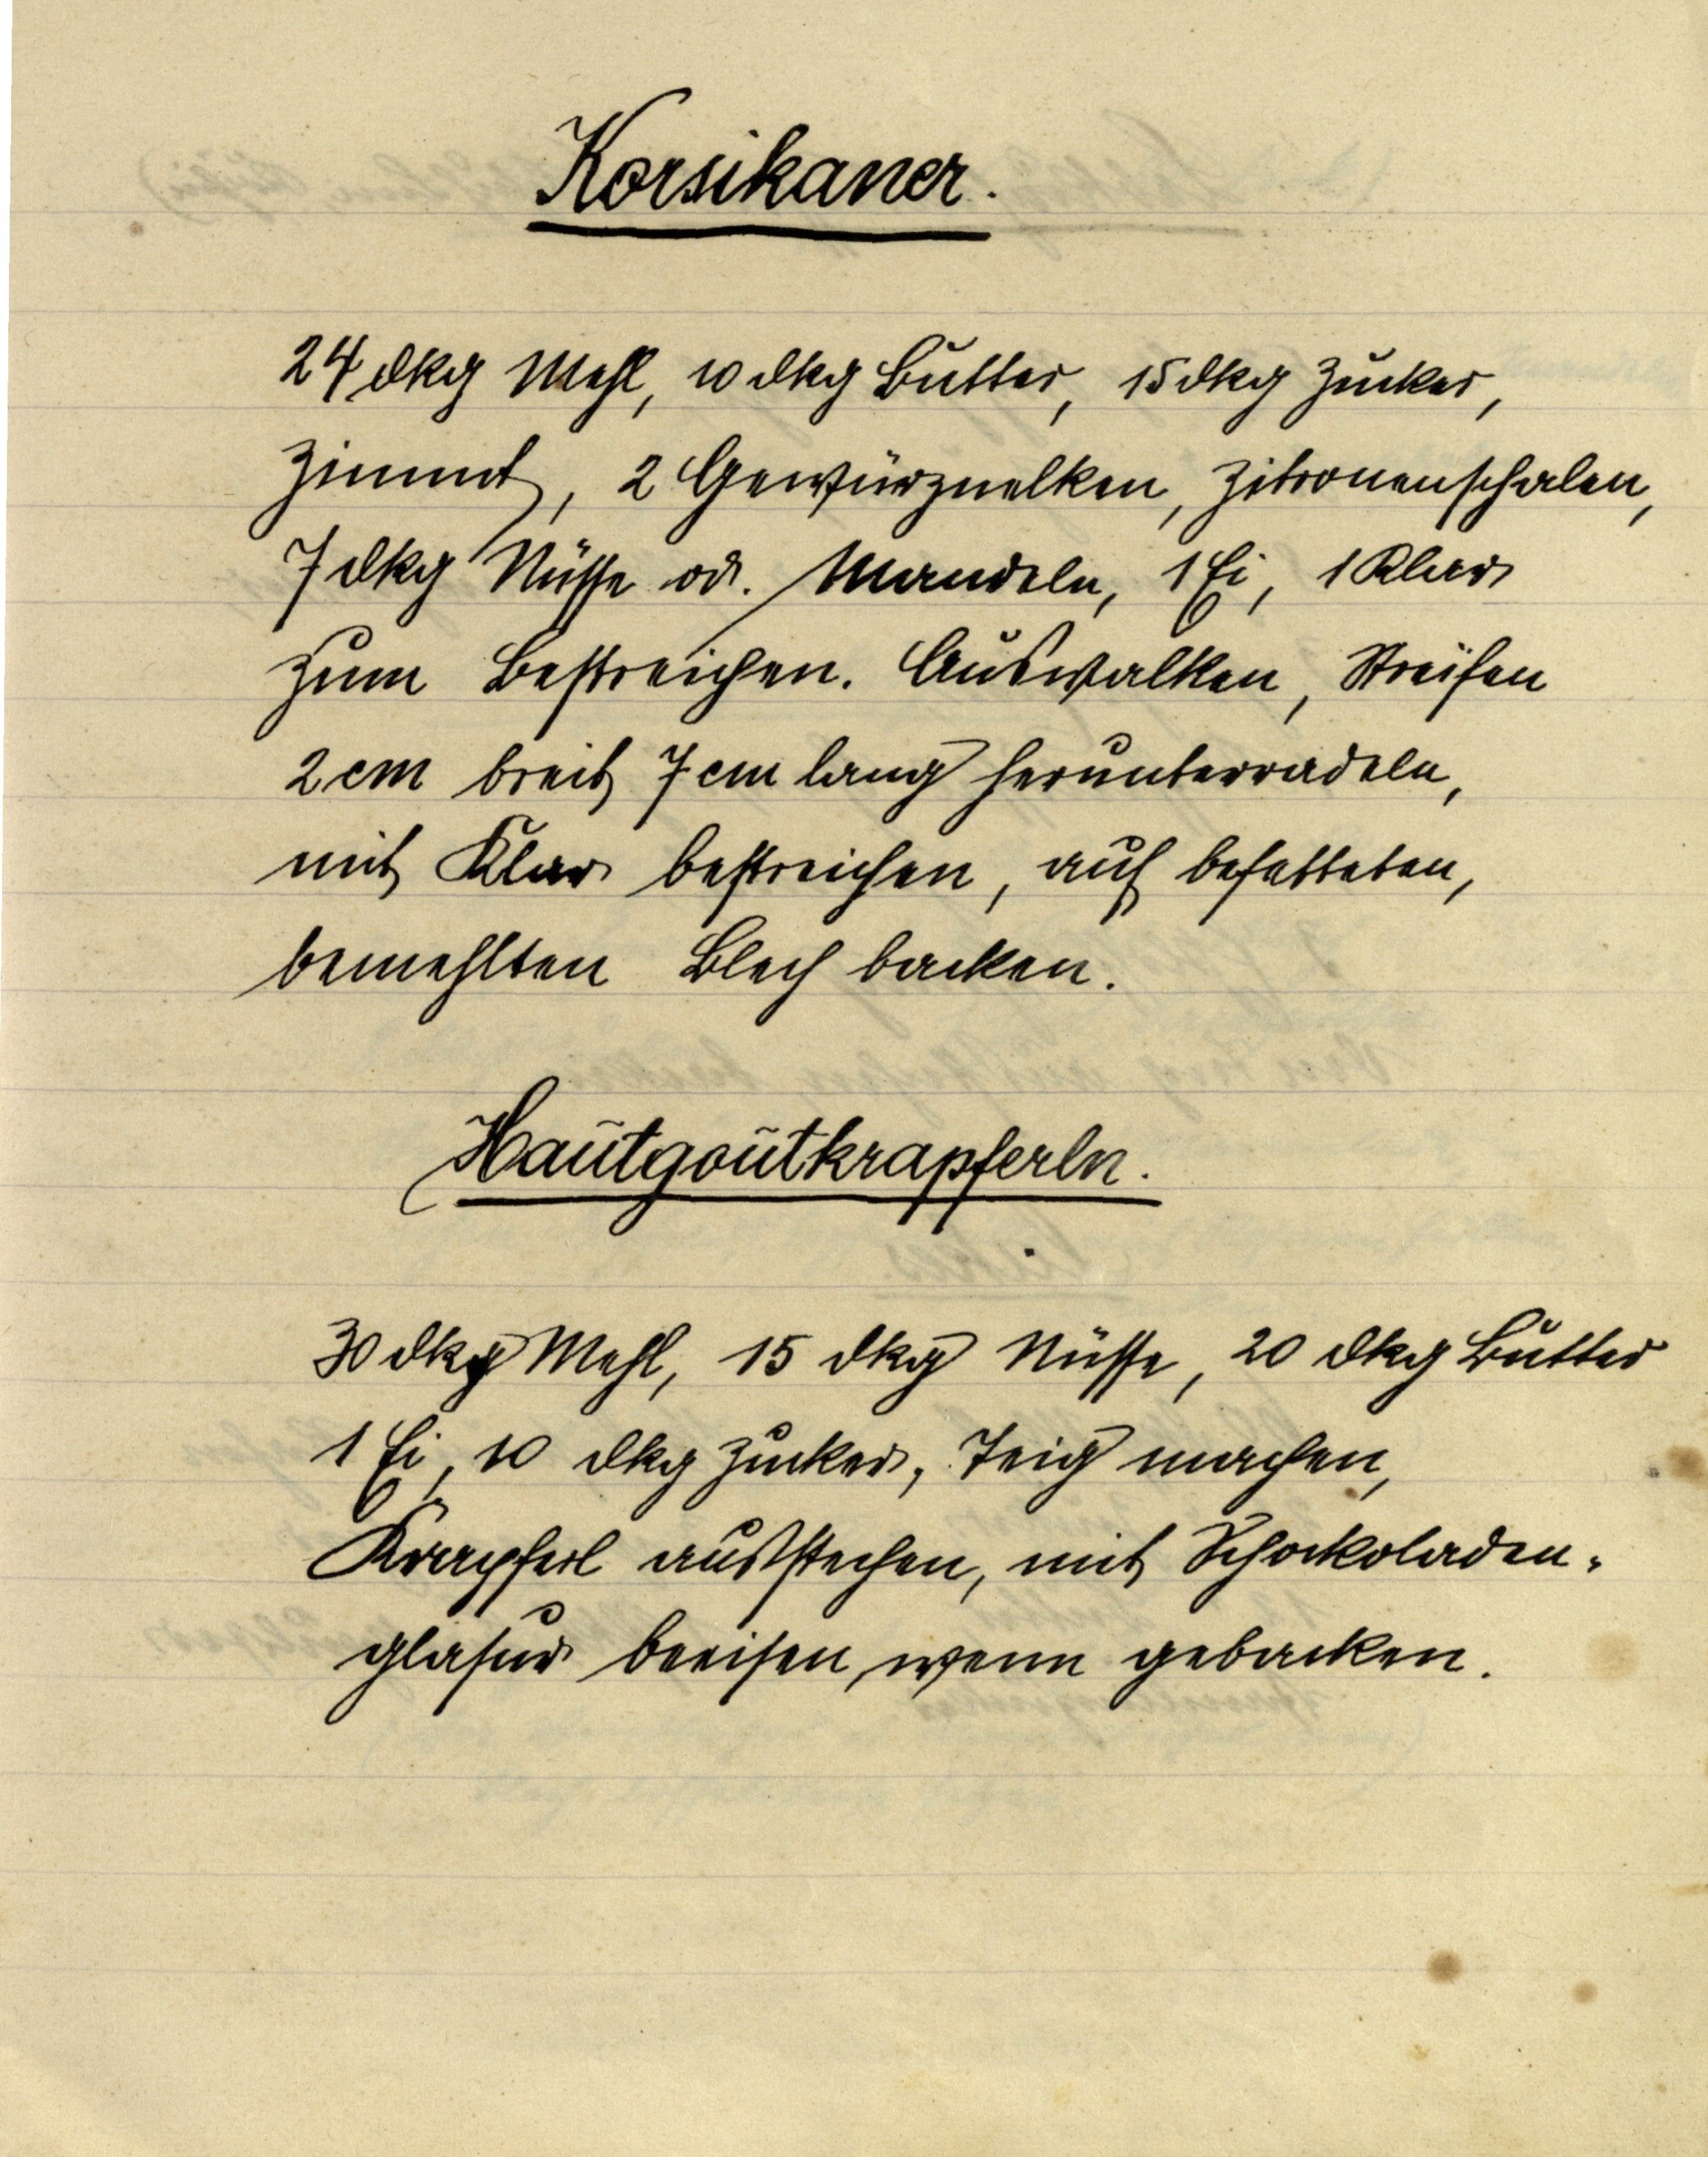
Korsikaner.

24 dkg Mehl, 10 dkg Butter, 15 dkg Zucker,
Zimmt, 2 Gewürznelken, Zitronenschalen,
7 dkg Nüsse od. Mandeln, 1 Ei, 1 Klar
zum Bestreichen. Auswalken, Streifen
2 cm breit, 7 cm lang herunterradeln,
mit Klar bestreichen, auf befetteten
bemehlten Blech backen.

Hautgoutkrapferln.

30 dkg Mehl, 15 dkg Nüsse, 20 dkg Butter
1 Ei, 10 dkg Zucker, Teig machen,
Krapferl ausstechen, mit Schockoladen¬
glasur beeisen wenn gebacken.